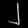
Digit: ၂